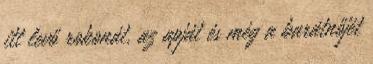
itt levő rokonát, az apját és még a barátnőjét